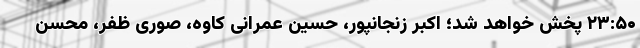
۲۳:۵۰ پخش خواهد شد؛ اکبر زنجانپور، حسین عمرانی کاوه، صوری ظفر، محسن